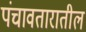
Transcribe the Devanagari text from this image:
पंचावतारातील